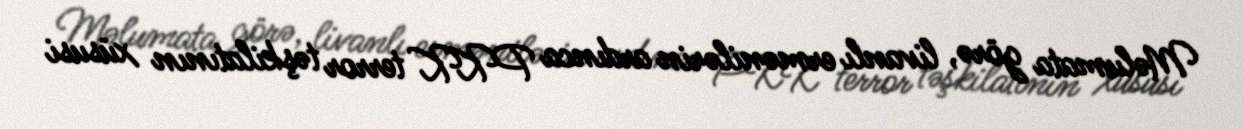
Məlumata görə, livanlı ermənilərin ardınca PKK terror təşkilatının xüsusi